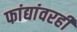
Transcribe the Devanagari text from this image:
फांद्यांवरही